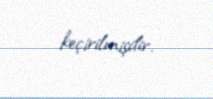
keçirilmişdir.